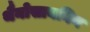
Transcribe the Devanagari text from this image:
थैनोसायनिन